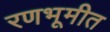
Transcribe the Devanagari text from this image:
रणभूमीत